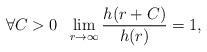
LaTeX: \begin{align*}\forall C>0 \;\;\lim_{r \rightarrow \infty} \frac{h(r+C)}{h(r)}=1,\end{align*}